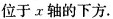
位于x轴的下方.